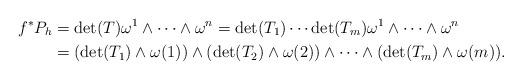
LaTeX: \begin{align*}f^*P_h&=\det(T)\omega^1\wedge\cdots\wedge\omega^n=\det(T_1)\cdots \det(T_m)\omega^1\wedge\cdots\wedge\omega^n\\&=(\det(T_1)\wedge\omega(1))\wedge(\det(T_2)\wedge\omega(2))\wedge\cdots\wedge(\det(T_m)\wedge\omega(m)).\end{align*}